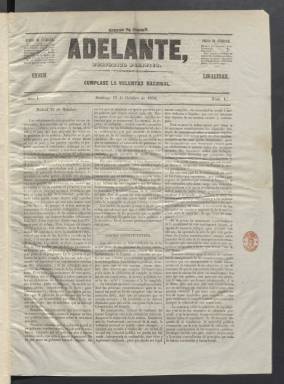
Título: Adelante (Madrid. 1854)
Colección: Periódicos
Ámbito geográfico: Madrid
Lugar de publicación: Madrid
Fechas: 15/10/1854-13/03/1855

Periódico nacido en octubre de 1854 tras la revolución de julio de ese año que acabó con una década de gobiernos moderados y marcó el inicio del llamado bienio progresista. Como ocurre con todo periodo de agitación política florecieron entonces numerosos periódicos de todas las tendencias, la mayoría de ellos de corta vida.

  Adelante fue un periódico fundado por Nemesio Fernández-Cuesta y Picatoste, militar, lexicógrafo y traductor de ideas liberales nacido en Segovia en 1818. Fundó más tarde también El Museo universal y dirigió una editorial en la que editó su Diccionario enciclopédico de la lengua española. En la última etapa de su vida fue gobernador civil de Zaragoza y director del diario de sesiones del Congreso de los Diputados hasta su muerte en 1893.

   Según puede leerse en la Biblioteca Virtual de la Filología Española, Nemesio Fernández-Cuesta tuvo un papel importante en la traducción de obras del siglo XIX, en especial de la literatura francesa. Escribió también obras de orden político como la titulada ‘El porvenir de los partidos’.

    El periódico Adelante, que constaba de cuatro páginas de apretadas columnas, llevaba en su cabecera el lema ‘Cúmplase la voluntad nacional’. En su primer número señalaba que el título significaba ‘el progreso continuo e indefinido’, y que su lema indicaba ‘los derechos de la nación y la misión del gobierno; la nación declarando su voluntad, el gobierno ejecutándola; la nación expresando sus deseos, el gobierno apresurándose a cumplirlos; la soberanía nacional ejerciéndose real y positivamente, el gobierno obedeciéndola siempre’.

  Adelante salía diariamente salvo los lunes y su contenido era fundamentalmente doctrinario. La información se circunscribía a dar noticia de las decisiones del Gobierno, de las sesiones de Cortes, información de provincias y del exterior y una sección de Variedades que funcionaba como cajón de sastre y que podía incluir también sucesos. La última página se dedicó pronto a la publicidad.

  Al iniciarse 1855 la cabecera cambió algo con un título en tipografía más pequeña y comenzó a publicarse un folletín, medio corriente en la época de ganar lectores. El último número que posee la BNE es el de 13 de marzo de 1855, pero no parece que se editaran muchos más. Según la Historia del Periodismo español de Pedro Gómez Aparicio, el periódico fue absorbido por La Discusión, más influyente y de vida más larga.

[Descripción publicada el 20/09/2024]